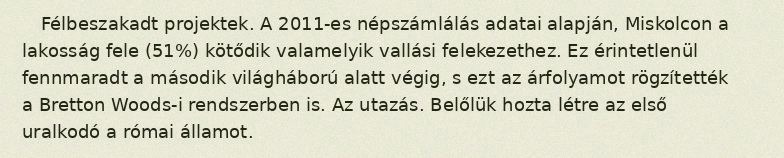
Félbeszakadt projektek. A 2011-es népszámlálás adatai alapján, Miskolcon a lakosság fele (51%) kötődik valamelyik vallási felekezethez. Ez érintetlenül fennmaradt a második világháború alatt végig, s ezt az árfolyamot rögzítették a Bretton Woods-i rendszerben is. Az utazás. Belőlük hozta létre az első uralkodó a római államot.